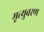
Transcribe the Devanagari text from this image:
मृत्युवरण